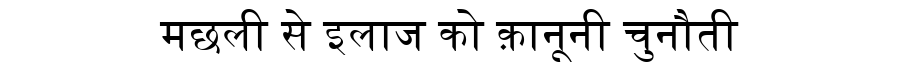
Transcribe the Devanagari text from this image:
मछली से इलाज को क़ानूनी चुनौती